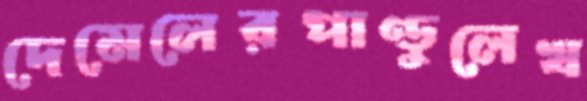
দেমেলেরপাণ্ডুলেখ